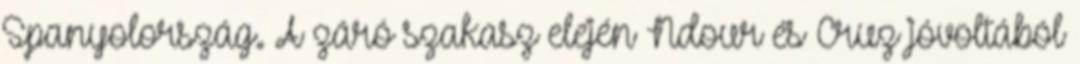
Spanyolország. A záró szakasz elején Ndour és Cruz jóvoltából